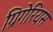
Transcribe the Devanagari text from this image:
ग्रिगेरियस